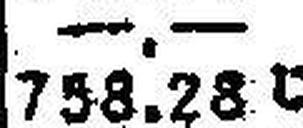
758.28 U